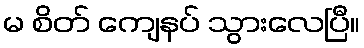
မ စိတ် ကျေနပ် သွားလေပြီ။